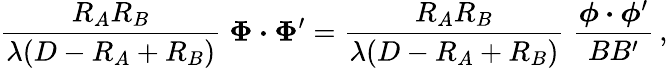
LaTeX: {\frac{R_{A}R_{B}}{\lambda(D-R_{A}+R_{B})}}\; \boldsymbol\Phi\boldsymbol\cdot\boldsymbol\Phi^{\prime}={\frac{R_{A}R_{B}}{\lambda(D-R_{A}+R_{B})}}\; {\frac{\boldsymbol\phi\boldsymbol\cdot\boldsymbol\phi^{\prime}}{BB^{\prime}}}\, ,